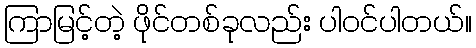
ကြာမြင့်တဲ့ ဖိုင်တစ်ခုလည်း ပါဝင်ပါတယ်။